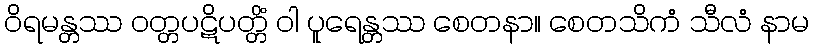
ဝိရမန္တဿ ဝတ္တပဋိပတ္တိံ ဝါ ပူရေန္တဿ စေတနာ။ စေတသိကံ သီလံ နာမ